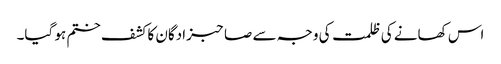
اس کھانے کی ظلمت کی وجہ سے صاحبزادگان کا کشف ختم ہو گیا۔